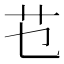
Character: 𰰟